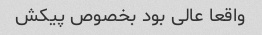
واقعا عالی بود بخصوص پیکش